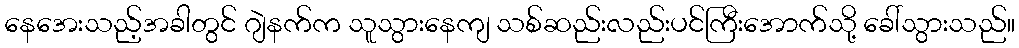
နေအေးသည့်အခါတွင် ဂျဲနက်က သူသွားနေကျ သစ်ဆည်းလည်းပင်ကြီးအောက်သို့ ခေါ်သွားသည်။